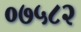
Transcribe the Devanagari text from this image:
०७५८२